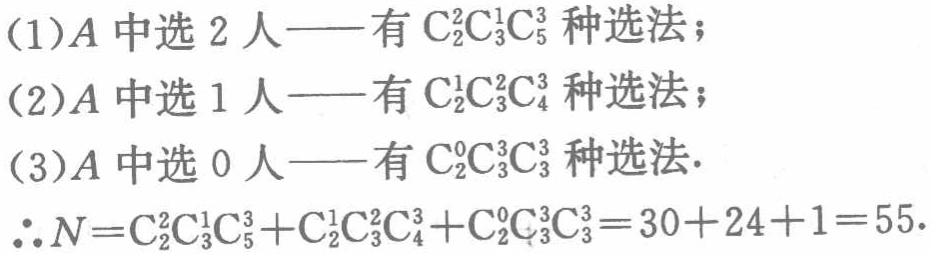
(1)$A$中选2人——有\(C_{2}^{2}C_{3}^{1}C_{5}^{3}\)种选法；
(2)\(A\)中选1人——有\(C_{2}^{1}C_{3}^{2}C_{4}^{3}\)种选法；
(3)\(A\)中选0人——有\(C_{2}^{0}C_{3}^{3}C_{3}^{3}\)种选法.
\(\therefore N = C_{2}^{2}C_{3}^{1}C_{5}^{3}+C_{2}^{1}C_{3}^{2}C_{4}^{3}+C_{2}^{0}C_{3}^{3}C_{3}^{3}=30 + 24+1 = 55\).